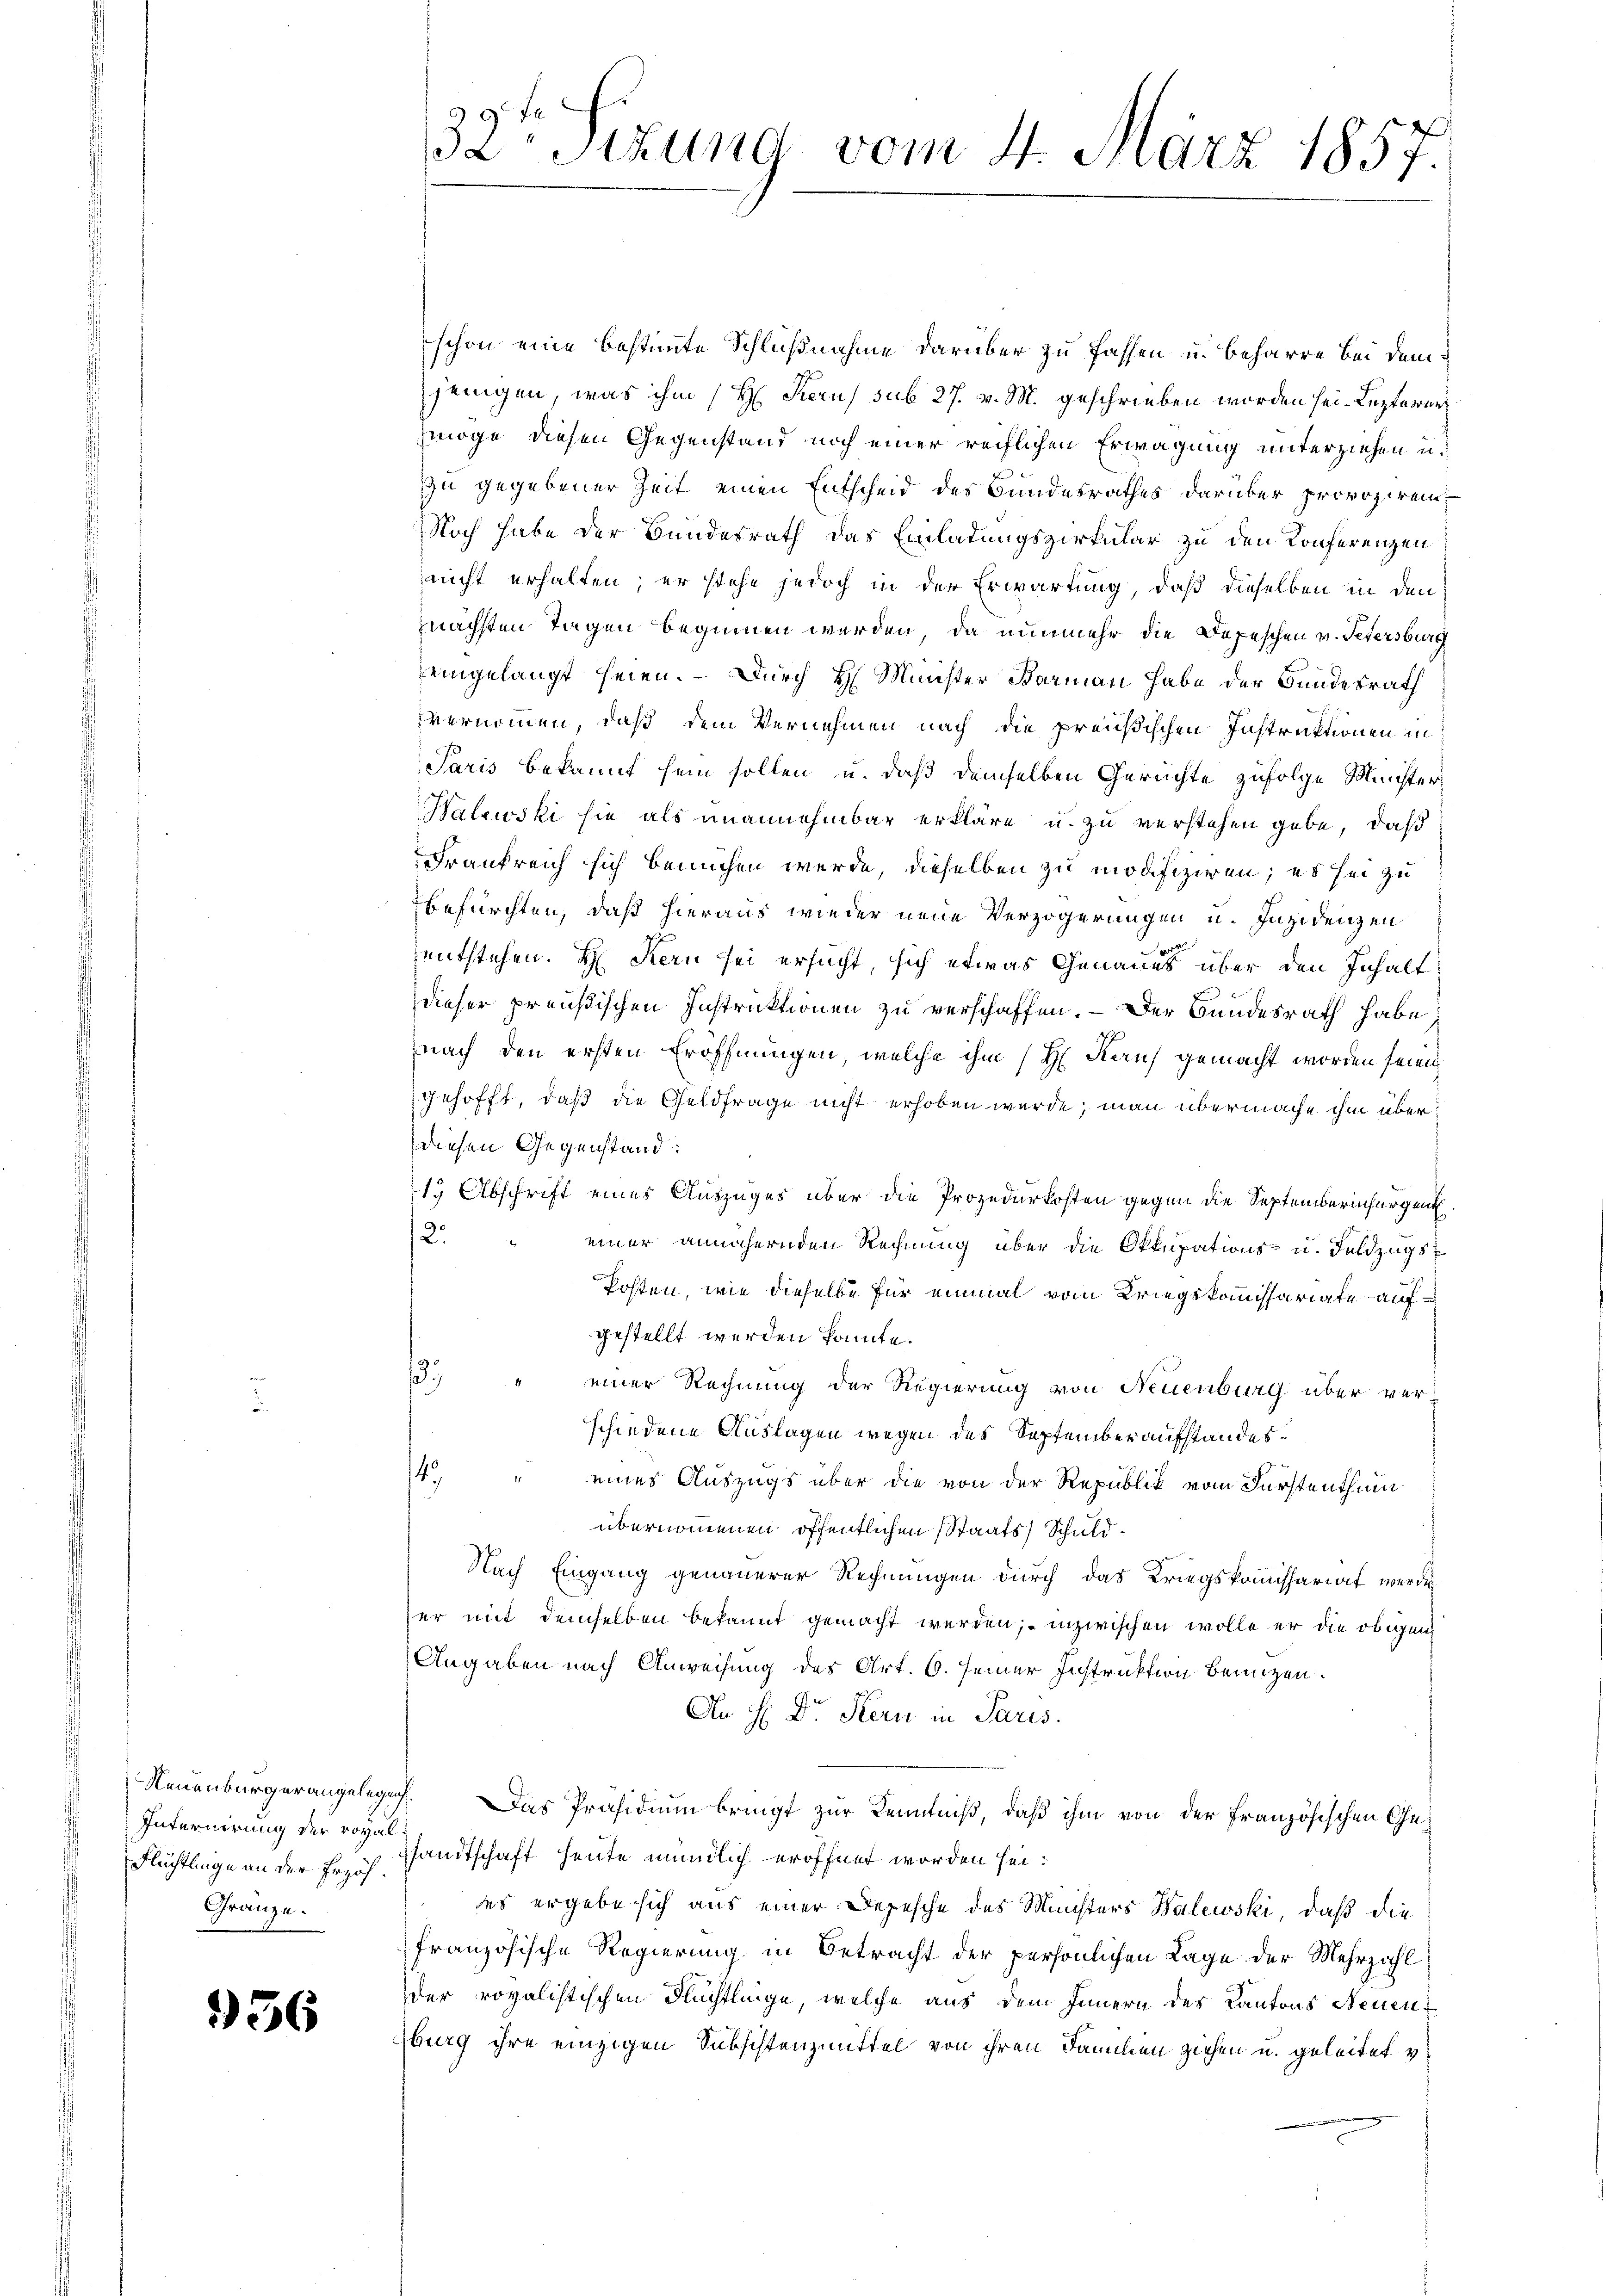
Internirung der royal
Flüchtlinge an der Erzäh
Gränze.

956

schon eine bestimmte Schlußnahme darüber zu fassen u. beharre bei demjenigen, was ihm (H. Kerus sub 27. v. M. geschrieben worden sei. Lezterer
möge diesen Gegenstand noch einer reiflichen Erwägung unterziehen u.
zu gegebener Zeit einen Entscheid des Bundesrathes darüber provoziren
Noch habe der Bundesrath das Einladungszirkular zu den Konferenzen
nicht erhalten; er stehe jedoch in der Erwartung, daß dieselben in den
nächsten Tagen beginnen werden, da nunmehr die Depeschen v. Petersburg
eingelangt seien. – Durch H. Minister Barmann habe der Bundesrath
vernommen, daß dem Vernehmen nach die preußischen Instruktionen in
Paris bekannt sein sollen u. daß demselben Gerichte zufolge Minister¬
Balewski sie als unannehmbar erkläre u. zu verstehen gebe, daß
Frankreich sich bemühen werde, dieselben zu modifizieren; es sei zu
befürchten, daß hieraus wieder neue Verzögerungen u. Inzidenzen
entstehen. H. Kern sei ersucht, sich etwas Genaues über den Inhalt
dieser preußischen Instruktionen zu verschaffen. – Der Bundesrath habe;
nach den ersten Eröffnungen, welche ihm (H Kauf gemacht worden seien,
gehofft, daß die Geldfrage nicht erhoben wurde, man übermache ihm überdiesen Gegenstand:
19 Abschrift eines Auszuges über die Prozedurkosten gegen die Septemberinfürgent
12.
einer annähernden Rechnung über die Okkupations- u. Feldzugs
Posten, wie dieselbe für einmal vom Kriegskommissariate aufgestellt werden könnte.
3. " einer Rechnung der Regierung von Neuenburg über verschiedene Auslagen wegen des September aufstandes
4. " eines Auszugs über die von der Republik vom Fürstenthum
übernommenen öffentlichen Staats Schuld¬
Nach Eingang genauerer Rechnungen durch das Kriegskommissariat werde
er mit demselben bekannt gemacht werden; inzwischen wolle er die obigen
Angaben nach Anweisung des Art. 6. seiner Instruktion benuzen.
An H: Dr. Stern in Paris.
Neuenburgerangelegig. Das Präsidium bringt zur Kenntniß, daß ihm von der französischen Gesandtschaft heute mündlich eröffnet worden sei.
es ergebe sich aus einer Depesche des Ministers Walewski, daß die
französische Regierung in Betracht der persönlichen Lage der Mehrzahl
der royalistischen Flüchtlinge, welche aus dem Innern des Kantons Neuen
burg ihre einzigen Subsistenzmittel von ihren Familien ziehen u. geleitet v.

32te Sizung vom 4. März 1857.